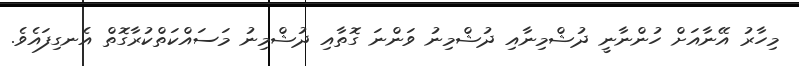
މިހާރު އޭނާއަށް ހުންނާނީ ދުޝްމިނާއި ދުޝްމިނު ވަންނަ ގޮތާއި ދުޝްމިނު މަސައްކަތްކުރާގޮތް އެނގިފައެވެ.